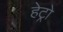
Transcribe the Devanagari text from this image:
हेट्रो